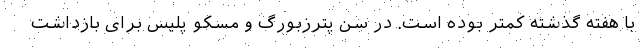
با هفته گذشته کمتر بوده است. در سن‌ پترزبورگ و مسکو پلیس برای بازداشت